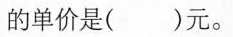
的单价是()元。